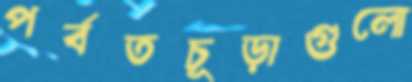
পর্বতচূড়াগুলো